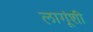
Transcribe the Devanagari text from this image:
लागूंशी